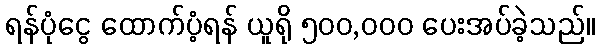
ရန်ပုံငွေ ထောက်ပံ့ရန် ယူရို ၅၀၀,၀၀၀ ပေးအပ်ခဲ့သည်။